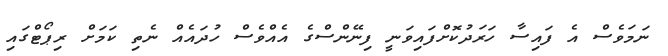
ނަމަވެސް އެ ފައިސާ ހަރަދުކޮށްފައިވަނީ ފިނޭންސްގެ އެއްވެސް ހުދައެއް ނެތި ކަމަށް ރިޕޯޓްގައި